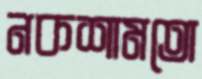
নকশামতো